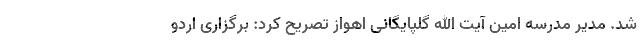
شد. مدیر مدرسه امین آیت الله گلپایگانی اهواز تصریح کرد: برگزاری اردو